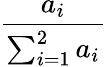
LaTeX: \frac{a_{i}}{\sum_{i=1}^{2}a_{i}}